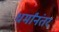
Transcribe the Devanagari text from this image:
धर्मांनंतर